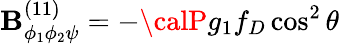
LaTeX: \mathbf{B}_{\phi_{1}\phi_{2}\psi}^{(11)}=-{\calP}g_{1}f_{D}\cos^{2}\theta